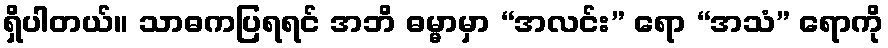
ရှိပါတယ်။ သာဓကပြရရင် အဘိ ဓမ္မာမှာ “အလင်း” ရော “အသံ” ရောကို